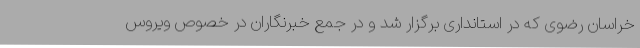
خراسان رضوی که در استانداری برگزار شد و در جمع خبرنگاران در خصوص ویروس